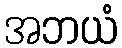
အဘယံ